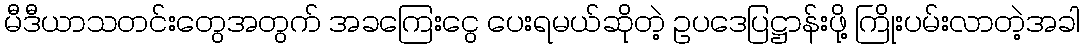
မီဒီယာသတင်းတွေအတွက် အခကြေးငွေ ပေးရမယ်ဆိုတဲ့ ဥပဒေပြဋ္ဌာန်းဖို့ ကြိုးပမ်းလာတဲ့အခါ